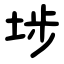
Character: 埗